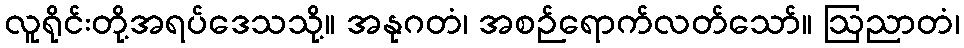
လူရိုင်းတို့အရပ်ဒေသသို့။ အနုဂတံ၊ အစဉ်ရောက်လတ်သော်။ ဩညာတံ၊